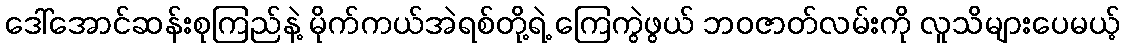
ဒေါ်အောင်ဆန်းစုကြည်နဲ့ မိုက်ကယ်အဲရစ်တို့ရဲ့ ကြေကွဲဖွယ် ဘဝဇာတ်လမ်းကို လူသိများပေမယ့်